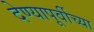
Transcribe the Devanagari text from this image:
देण्यापूर्वीच्या